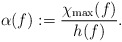
\begin{align*}\alpha(f):=\frac{\chi_{\max}(f)}{h(f)}.\end{align*}